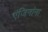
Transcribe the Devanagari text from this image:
एंजिनांना